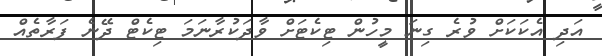
އަދި އެކަކަށް ވުރެ ގިނަ މީހުން ޓިކެޓަށް ވާދަކުރާނަމަ ޓިކެޓް ދޭނެ ފަރާތެއް